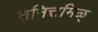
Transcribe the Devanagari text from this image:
तनित्तमिळ्